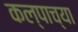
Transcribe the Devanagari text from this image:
कल्पाच्या